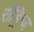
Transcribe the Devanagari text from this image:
रॉड्रिग्ज़